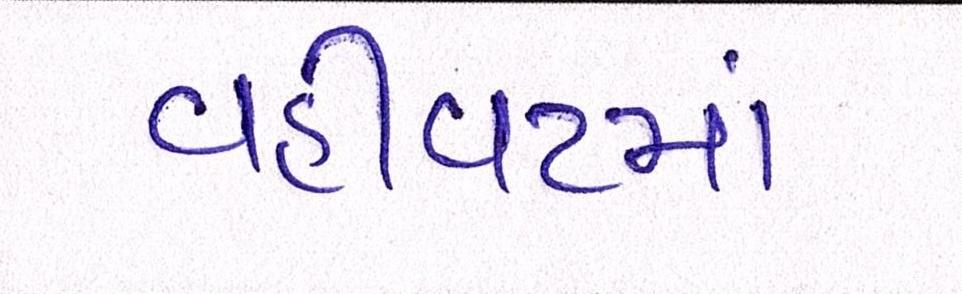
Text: વહીવટમાં